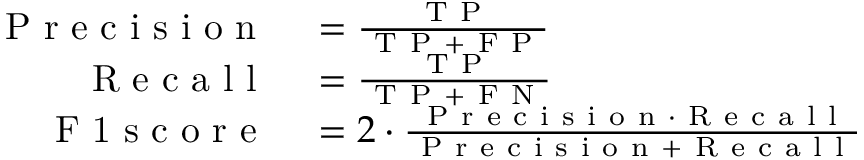
\begin{array} { r l } { \mathrm { ~ P ~ r ~ e ~ c ~ i ~ s ~ i ~ o ~ n ~ } } & { { } = \frac { \mathrm { ~ T ~ P ~ } } { \mathrm { ~ T ~ P ~ } + \mathrm { ~ F ~ P ~ } } } \\ { \mathrm { ~ R ~ e ~ c ~ a ~ l ~ l ~ } } & { { } = \frac { \mathrm { ~ T ~ P ~ } } { \mathrm { ~ T ~ P ~ } + \mathrm { ~ F ~ N ~ } } } \\ { \mathrm { ~ F ~ 1 ~ s ~ c ~ o ~ r ~ e ~ } } & { { } = 2 \cdot \frac { \mathrm { ~ P ~ r ~ e ~ c ~ i ~ s ~ i ~ o ~ n ~ } \cdot \mathrm { ~ R ~ e ~ c ~ a ~ l ~ l ~ } } { \mathrm { ~ P ~ r ~ e ~ c ~ i ~ s ~ i ~ o ~ n ~ } + \mathrm { ~ R ~ e ~ c ~ a ~ l ~ l ~ } } } \end{array}